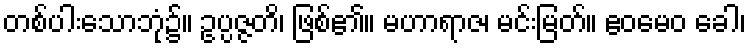
တစ်ပါးသောဘုံ၌။ ဥပ္ပဇ္ဇတိ၊ ဖြစ်၏။ မဟာရာဇ၊ မင်းမြတ်။ ဧဝမေဝ ခေါ၊